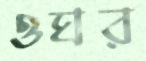
ওঘর